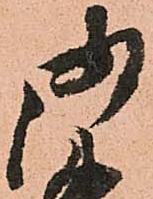
御